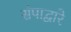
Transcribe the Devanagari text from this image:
संपाद्वारे